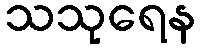
သသုရေန